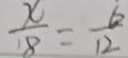
\frac { x } { 8 } = \frac { 6 } { 1 2 }